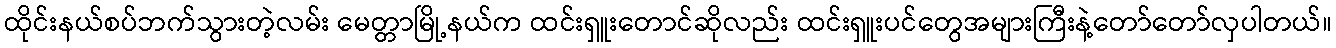
ထိုင်းနယ်စပ်ဘက်သွားတဲ့လမ်း မေတ္တာမြို့နယ်က ထင်းရှူးတောင်ဆိုလည်း ထင်းရှူးပင်တွေအများကြီးနဲ့တော်တော်လှပါတယ်။